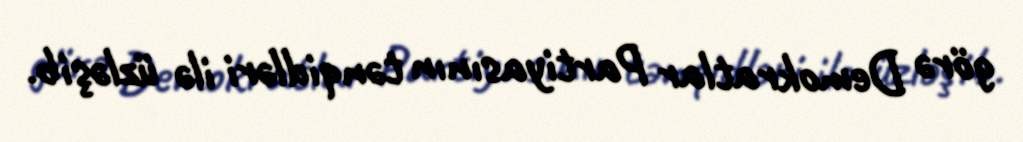
görə Demokratlar Partiyasının tənqidləri ilə üzləşib.